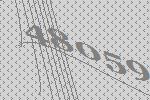
48059